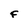
Character: F